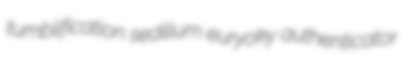
tumblification sedilium euryoky authenticator